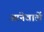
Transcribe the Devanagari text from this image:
आनेवालें